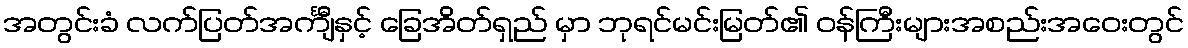
အတွင်းခံ လက်ပြတ်အင်္ကျီနှင့် ခြေအိတ်ရှည် မှာ ဘုရင်မင်းမြတ်၏ ဝန်ကြီးများအစည်းအဝေးတွင်